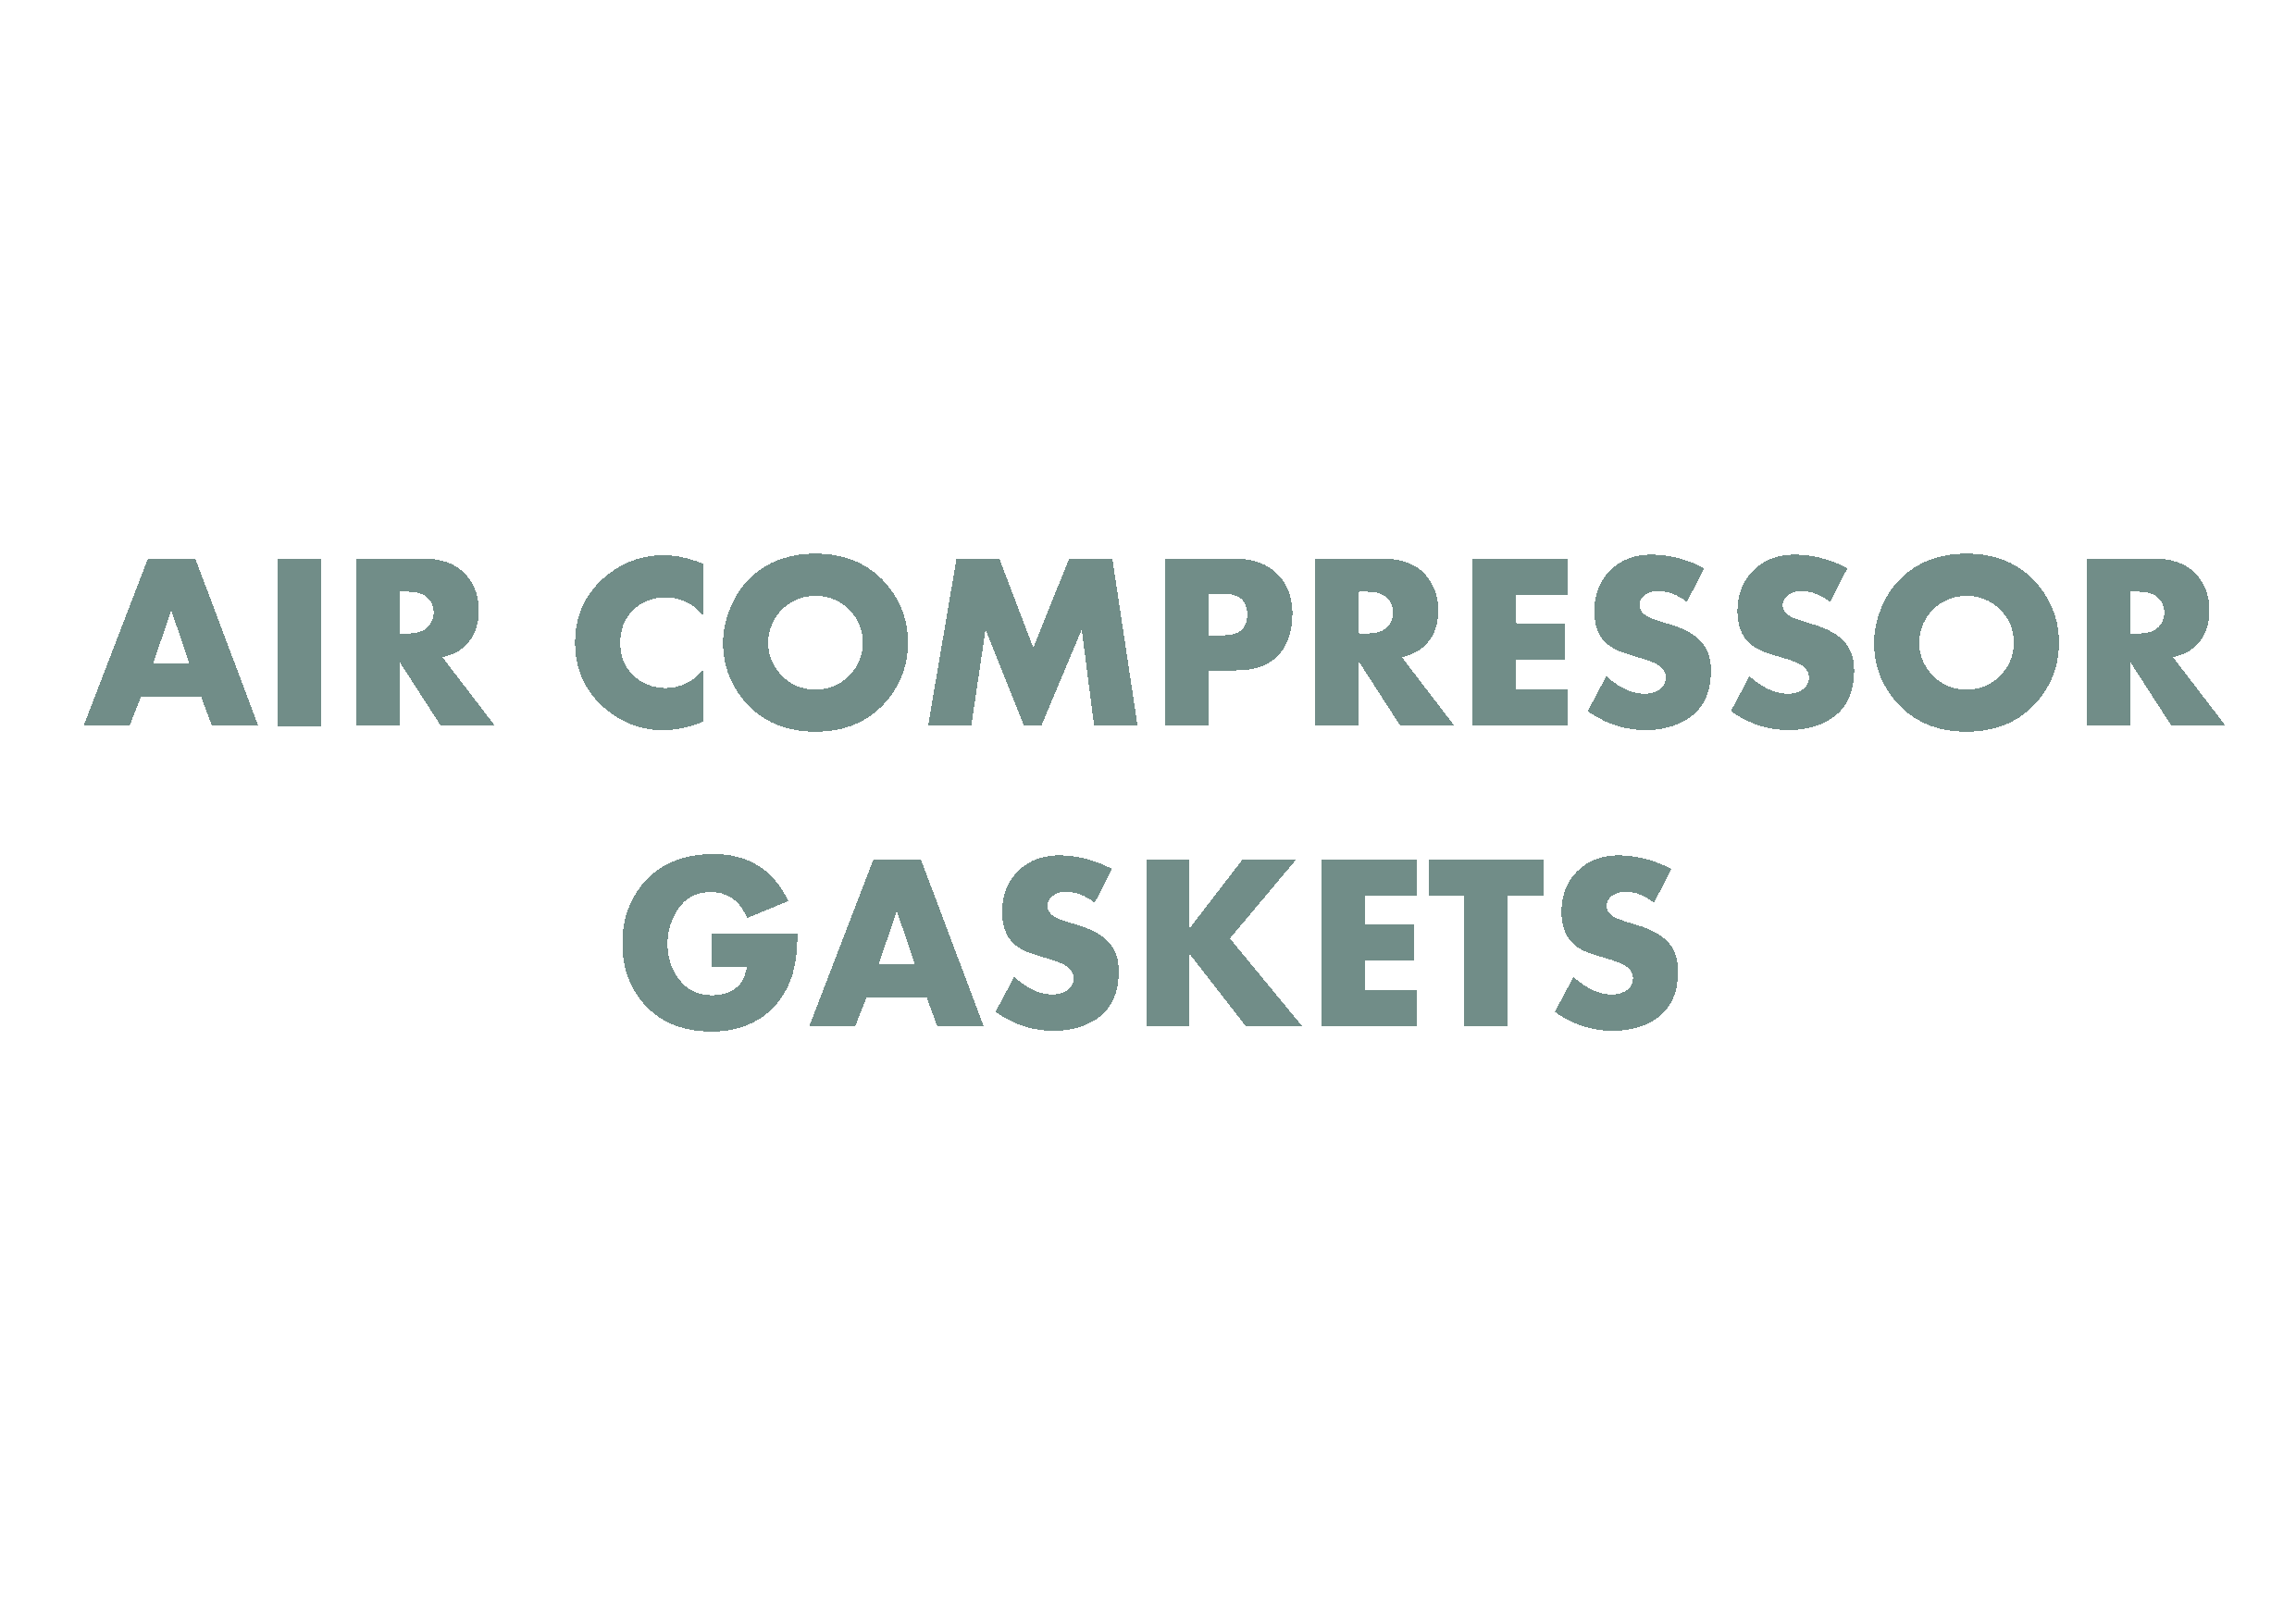
AIR                               COMPRESSOR
 GASKETS